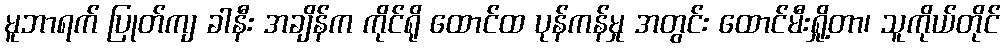
မူဘာရက် ပြုတ်ကျ ခါနီး အချိန်က ကိုင်ရို ထောင်ထ ပုန်ကန်မှု အတွင်း ထောင်မီးရှို့တာ၊ သူကိုယ်တိုင်